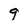
Character: 9